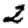
Digit: 2